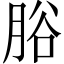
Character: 𦛱